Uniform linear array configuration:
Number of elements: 12
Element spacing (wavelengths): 0.5
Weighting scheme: hann
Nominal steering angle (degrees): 30
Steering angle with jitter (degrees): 30.984
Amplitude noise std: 0.05
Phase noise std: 0.05

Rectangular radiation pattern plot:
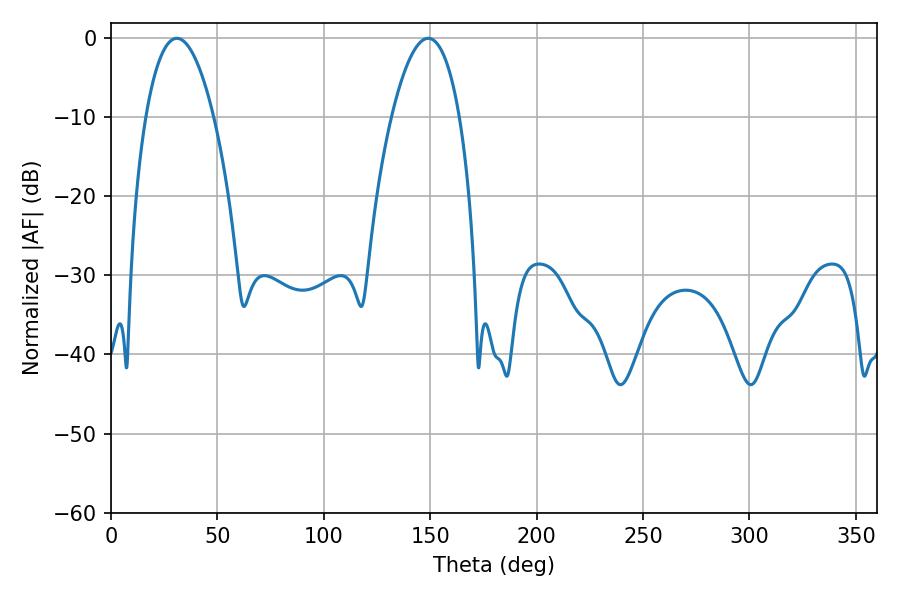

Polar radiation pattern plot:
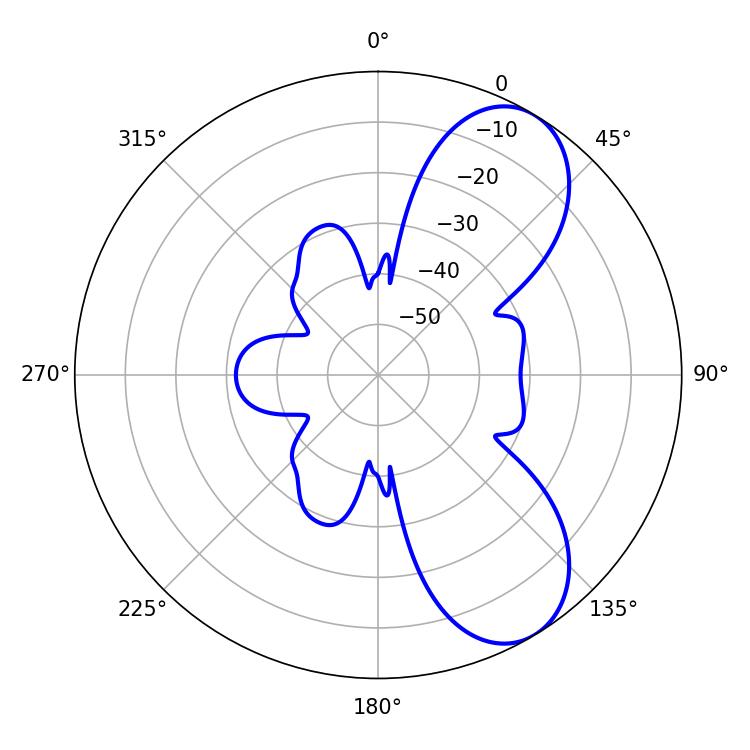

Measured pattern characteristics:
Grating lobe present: FALSE
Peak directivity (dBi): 7.649
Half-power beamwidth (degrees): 17.82
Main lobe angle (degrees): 30.96